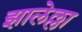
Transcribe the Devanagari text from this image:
झालेल्ला